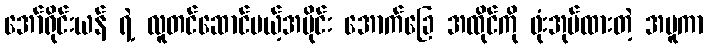
အော်ရိုင်းယန် ရဲ့ လူတင်ဆောင်မယ့်အပိုင်း အောက်ခြေ အထိုင်ကို ဖုံးအုပ်ထားတဲ့ အပူကာ